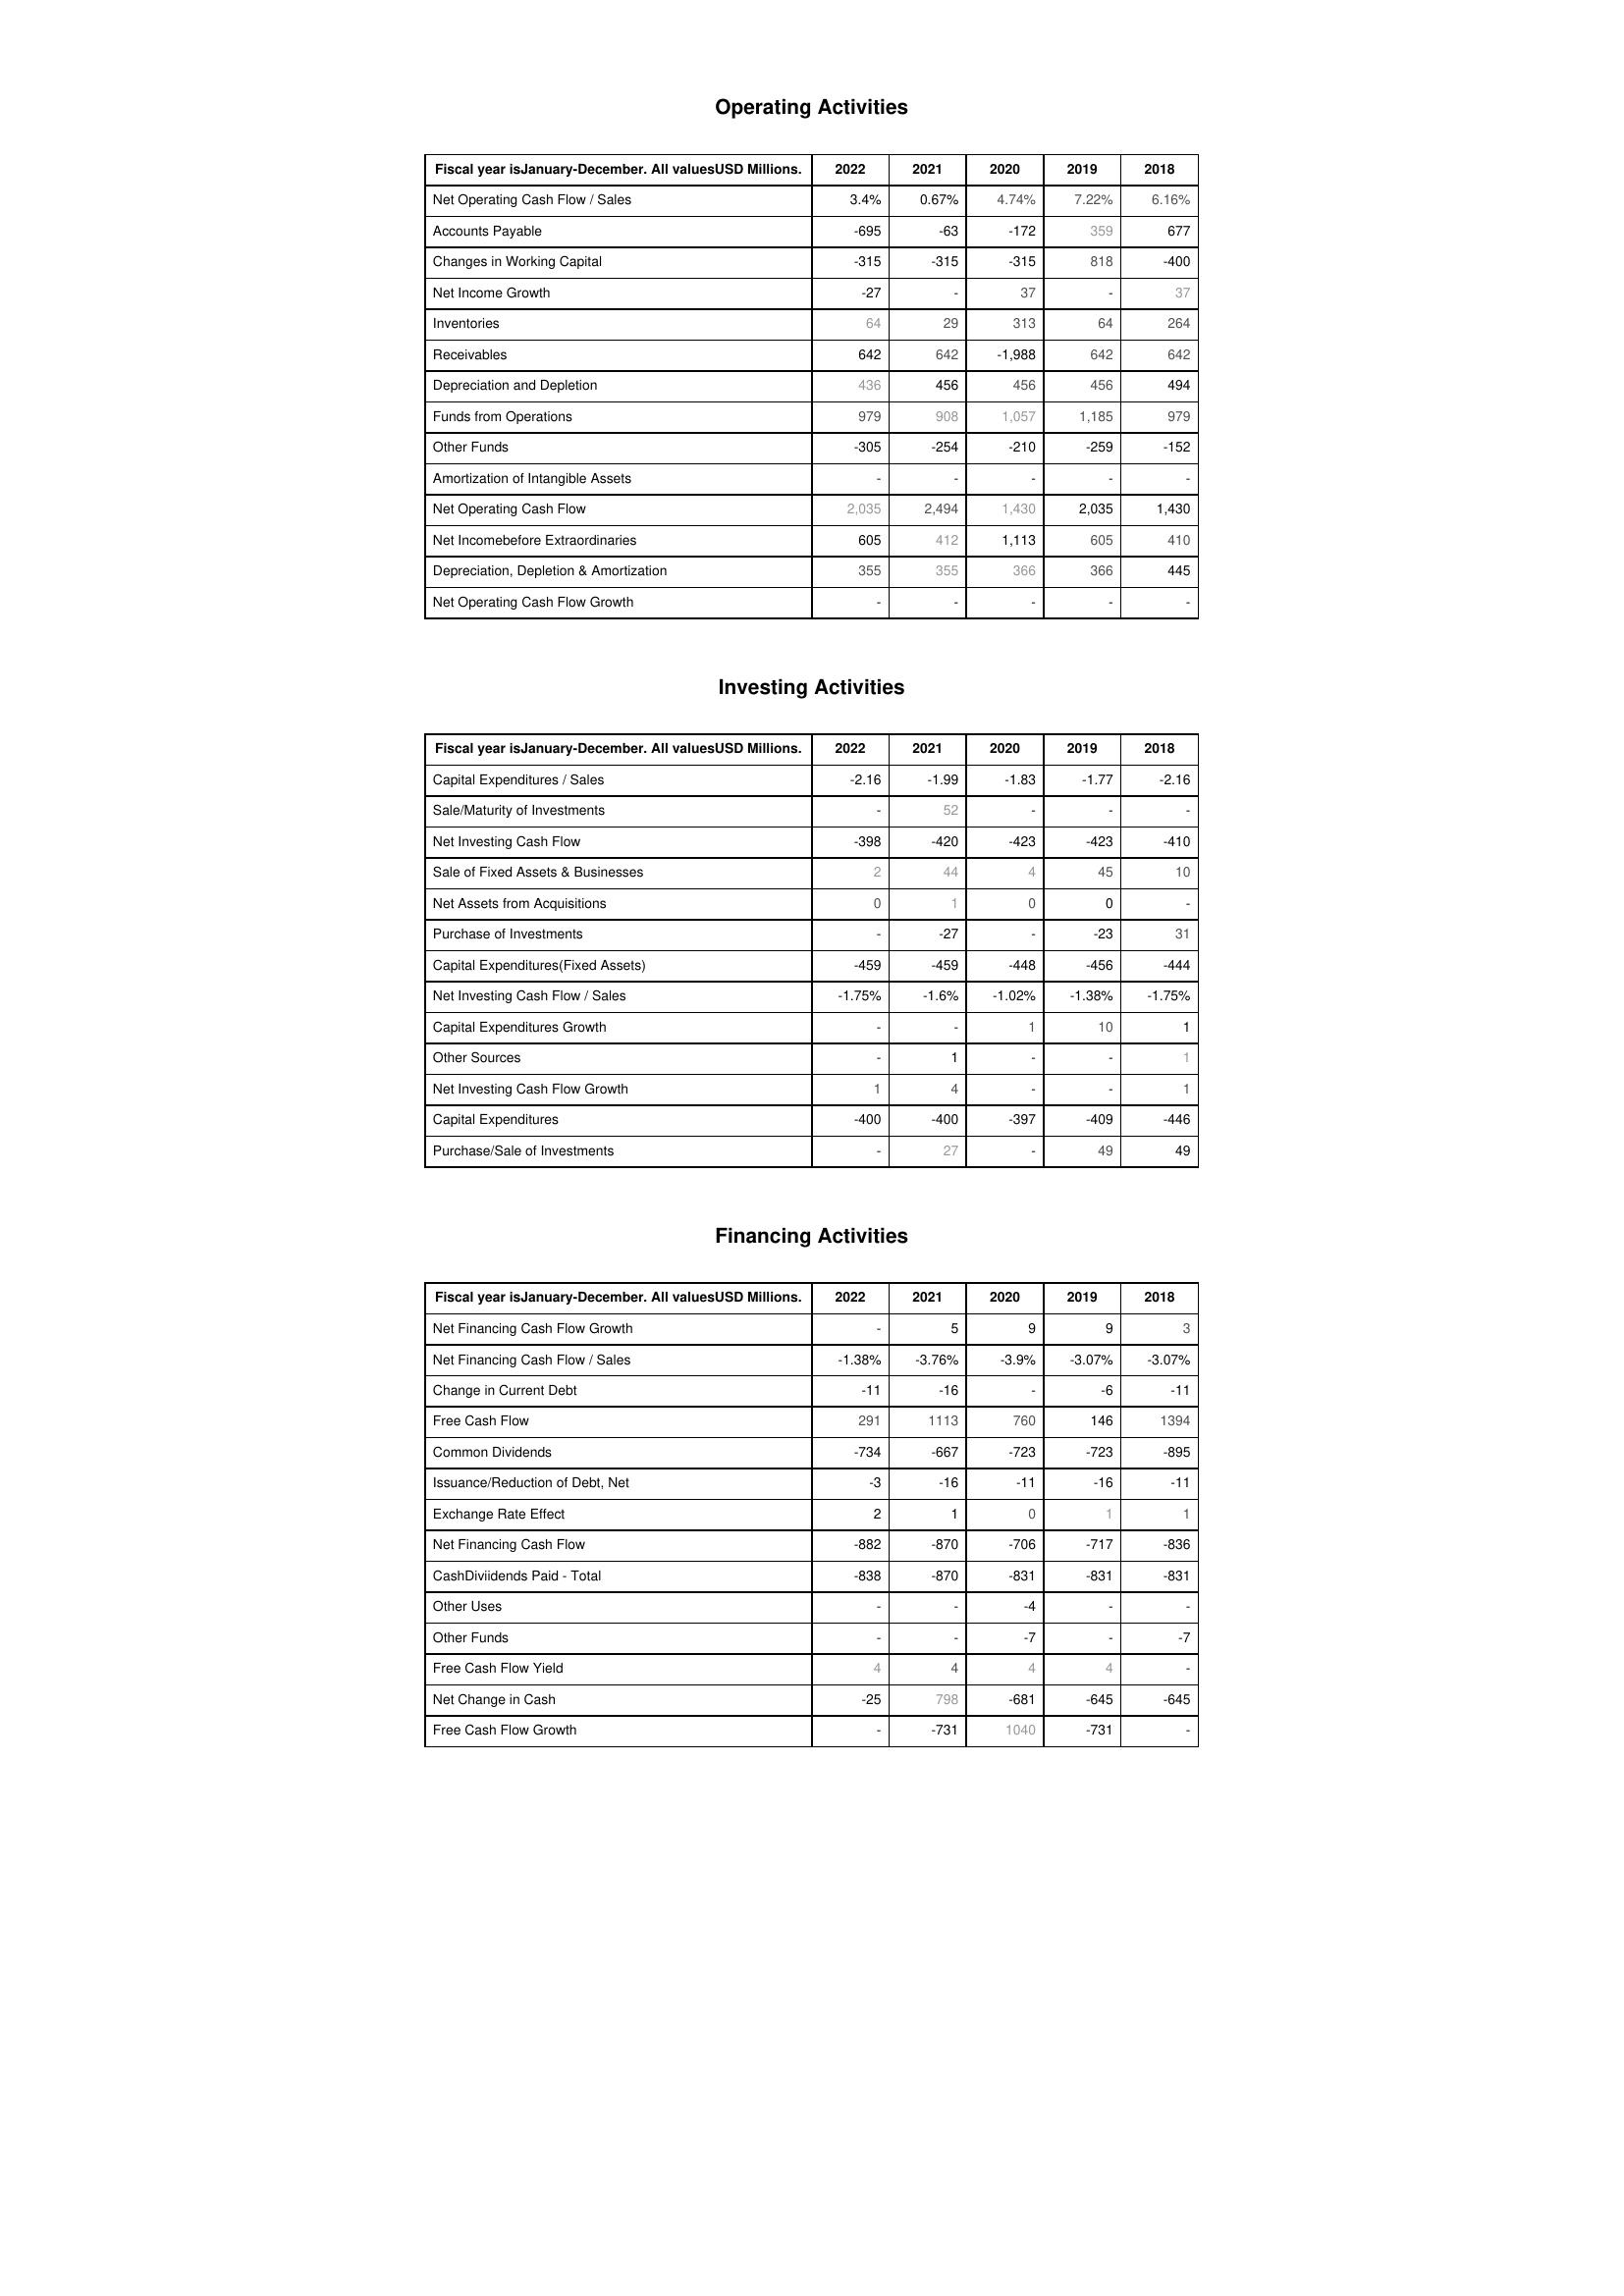
2022: Operating Activities: Net Operating Cash Flow / Sales: 3.4%
Accounts Payable: -695
Changes in Working Capital: -315
Net Income Growth: -27
Inventories: 64
Receivables: 642
Depreciation and Depletion: 436
Funds from Operations: 979
Other Funds: -305
Amortization of Intangible Assets: -
Net Operating Cash Flow: 2,035
Net Incomebefore Extraordinaries: 605
Depreciation, Depletion & Amortization: 355
Net Operating Cash Flow Growth: -
Investing Activities: Capital Expenditures / Sales: -2.16
Sale/Maturity of Investments: -
Net Investing Cash Flow: -398
Sale of Fixed Assets & Businesses: 2
Net Assets from Acquisitions: 0
Purchase of Investments: -
Capital Expenditures(Fixed Assets): -459
Net Investing Cash Flow / Sales: -1.75%
Capital Expenditures Growth: -
Other Sources: -
Net Investing Cash Flow Growth: 1
Capital Expenditures: -400
Purchase/Sale of Investments: -
Financing Activities: Net Financing Cash Flow Growth: -
Net Financing Cash Flow / Sales: -1.38%
Change in Current Debt: -11
Free Cash Flow: 291
Common Dividends: -734
Issuance/Reduction of Debt, Net: -3
Exchange Rate Effect: 2
Net Financing Cash Flow: -882
CashDiviidends Paid - Total: -838
Other Uses: -
Other Funds: -
Free Cash Flow Yield: 4
Net Change in Cash: -25
Free Cash Flow Growth: -
2021: Operating Activities: Net Operating Cash Flow / Sales: 0.67%
Accounts Payable: -63
Changes in Working Capital: -315
Net Income Growth: -
Inventories: 29
Receivables: 642
Depreciation and Depletion: 456
Funds from Operations: 908
Other Funds: -254
Amortization of Intangible Assets: -
Net Operating Cash Flow: 2,494
Net Incomebefore Extraordinaries: 412
Depreciation, Depletion & Amortization: 355
Net Operating Cash Flow Growth: -
Investing Activities: Capital Expenditures / Sales: -1.99
Sale/Maturity of Investments: 52
Net Investing Cash Flow: -420
Sale of Fixed Assets & Businesses: 44
Net Assets from Acquisitions: 1
Purchase of Investments: -27
Capital Expenditures(Fixed Assets): -459
Net Investing Cash Flow / Sales: -1.6%
Capital Expenditures Growth: -
Other Sources: 1
Net Investing Cash Flow Growth: 4
Capital Expenditures: -400
Purchase/Sale of Investments: 27
Financing Activities: Net Financing Cash Flow Growth: 5
Net Financing Cash Flow / Sales: -3.76%
Change in Current Debt: -16
Free Cash Flow: 1113
Common Dividends: -667
Issuance/Reduction of Debt, Net: -16
Exchange Rate Effect: 1
Net Financing Cash Flow: -870
CashDiviidends Paid - Total: -870
Other Uses: -
Other Funds: -
Free Cash Flow Yield: 4
Net Change in Cash: 798
Free Cash Flow Growth: -731
2020: Operating Activities: Net Operating Cash Flow / Sales: 4.74%
Accounts Payable: -172
Changes in Working Capital: -315
Net Income Growth: 37
Inventories: 313
Receivables: -1,988
Depreciation and Depletion: 456
Funds from Operations: 1,057
Other Funds: -210
Amortization of Intangible Assets: -
Net Operating Cash Flow: 1,430
Net Incomebefore Extraordinaries: 1,113
Depreciation, Depletion & Amortization: 366
Net Operating Cash Flow Growth: -
Investing Activities: Capital Expenditures / Sales: -1.83
Sale/Maturity of Investments: -
Net Investing Cash Flow: -423
Sale of Fixed Assets & Businesses: 4
Net Assets from Acquisitions: 0
Purchase of Investments: -
Capital Expenditures(Fixed Assets): -448
Net Investing Cash Flow / Sales: -1.02%
Capital Expenditures Growth: 1
Other Sources: -
Net Investing Cash Flow Growth: -
Capital Expenditures: -397
Purchase/Sale of Investments: -
Financing Activities: Net Financing Cash Flow Growth: 9
Net Financing Cash Flow / Sales: -3.9%
Change in Current Debt: -
Free Cash Flow: 760
Common Dividends: -723
Issuance/Reduction of Debt, Net: -11
Exchange Rate Effect: 0
Net Financing Cash Flow: -706
CashDiviidends Paid - Total: -831
Other Uses: -4
Other Funds: -7
Free Cash Flow Yield: 4
Net Change in Cash: -681
Free Cash Flow Growth: 1040
2019: Operating Activities: Net Operating Cash Flow / Sales: 7.22%
Accounts Payable: 359
Changes in Working Capital: 818
Net Income Growth: -
Inventories: 64
Receivables: 642
Depreciation and Depletion: 456
Funds from Operations: 1,185
Other Funds: -259
Amortization of Intangible Assets: -
Net Operating Cash Flow: 2,035
Net Incomebefore Extraordinaries: 605
Depreciation, Depletion & Amortization: 366
Net Operating Cash Flow Growth: -
Investing Activities: Capital Expenditures / Sales: -1.77
Sale/Maturity of Investments: -
Net Investing Cash Flow: -423
Sale of Fixed Assets & Businesses: 45
Net Assets from Acquisitions: 0
Purchase of Investments: -23
Capital Expenditures(Fixed Assets): -456
Net Investing Cash Flow / Sales: -1.38%
Capital Expenditures Growth: 10
Other Sources: -
Net Investing Cash Flow Growth: -
Capital Expenditures: -409
Purchase/Sale of Investments: 49
Financing Activities: Net Financing Cash Flow Growth: 9
Net Financing Cash Flow / Sales: -3.07%
Change in Current Debt: -6
Free Cash Flow: 146
Common Dividends: -723
Issuance/Reduction of Debt, Net: -16
Exchange Rate Effect: 1
Net Financing Cash Flow: -717
CashDiviidends Paid - Total: -831
Other Uses: -
Other Funds: -
Free Cash Flow Yield: 4
Net Change in Cash: -645
Free Cash Flow Growth: -731
2018: Operating Activities: Net Operating Cash Flow / Sales: 6.16%
Accounts Payable: 677
Changes in Working Capital: -400
Net Income Growth: 37
Inventories: 264
Receivables: 642
Depreciation and Depletion: 494
Funds from Operations: 979
Other Funds: -152
Amortization of Intangible Assets: -
Net Operating Cash Flow: 1,430
Net Incomebefore Extraordinaries: 410
Depreciation, Depletion & Amortization: 445
Net Operating Cash Flow Growth: -
Investing Activities: Capital Expenditures / Sales: -2.16
Sale/Maturity of Investments: -
Net Investing Cash Flow: -410
Sale of Fixed Assets & Businesses: 10
Net Assets from Acquisitions: -
Purchase of Investments: 31
Capital Expenditures(Fixed Assets): -444
Net Investing Cash Flow / Sales: -1.75%
Capital Expenditures Growth: 1
Other Sources: 1
Net Investing Cash Flow Growth: 1
Capital Expenditures: -446
Purchase/Sale of Investments: 49
Financing Activities: Net Financing Cash Flow Growth: 3
Net Financing Cash Flow / Sales: -3.07%
Change in Current Debt: -11
Free Cash Flow: 1394
Common Dividends: -895
Issuance/Reduction of Debt, Net: -11
Exchange Rate Effect: 1
Net Financing Cash Flow: -836
CashDiviidends Paid - Total: -831
Other Uses: -
Other Funds: -7
Free Cash Flow Yield: -
Net Change in Cash: -645
Free Cash Flow Growth: -